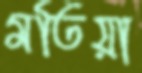
মতিয়া